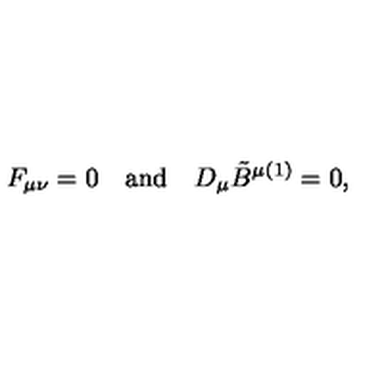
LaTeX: F _ { \mu \nu } = 0 \quad \mathrm { a n d } \quad D _ { \mu } \tilde { B } ^ { \mu ( 1 ) } = 0 ,